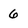
Character: 6